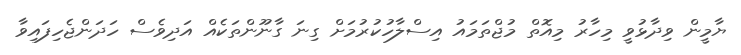
ޔާމީން ވިދާޅުވީ މިހާރު މިއޮތް މުޖްތަމައު އިސްލާހުކުރުމަށް ގިނަ ގާނޫންތަކެއް އަދިވެސް ހަދަންޖެހިފައިވާ